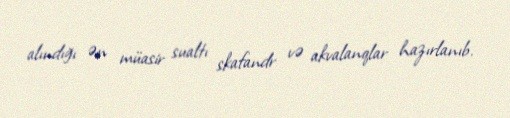
alındığı ən müasir sualtı skafandr və akvalanqlar hazırlanıb.